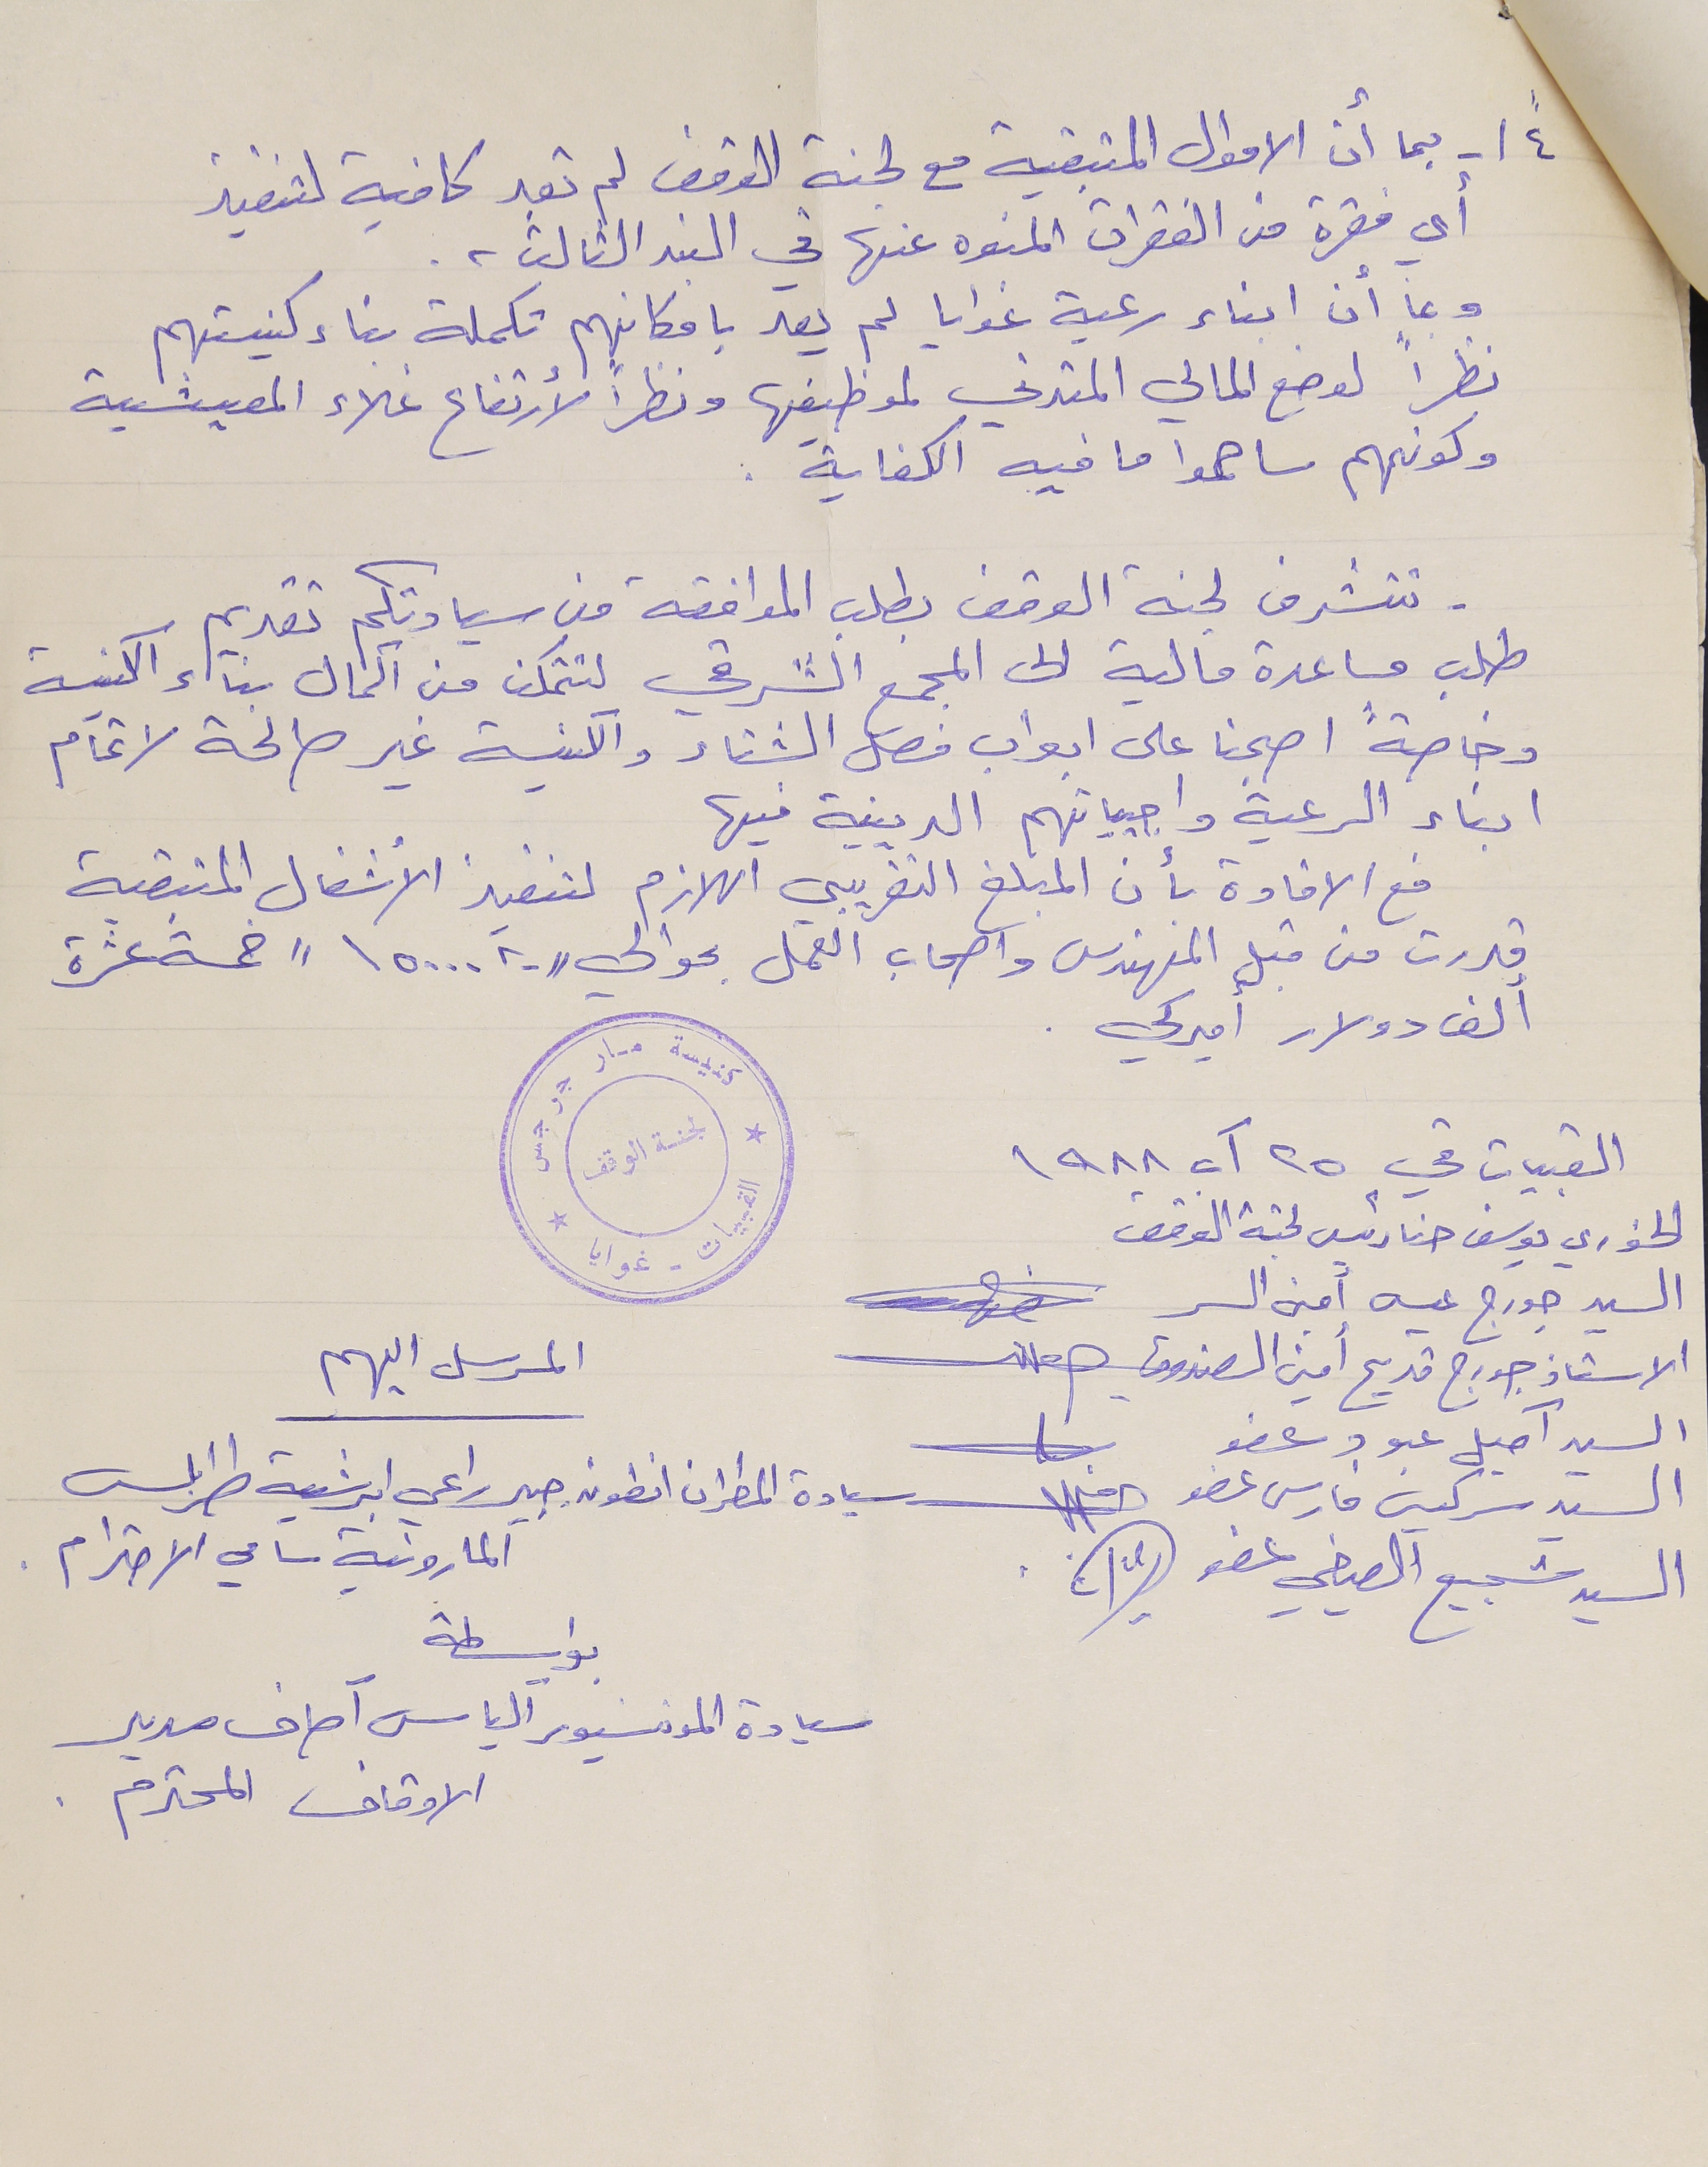
أي فقرة من الفقرات المنوه عنها في البند الثالث .
وبما أن ابناء رعية غوايا لم يعد بامكانهم تكملة بناء كنيستهم
نظراً لوضع المالي المتدني لموظيفها ونظراً لأرتفاع غلاء المعيشية
- تتشرف لجنة الوقف بطلب الموافقة من سيادتكم تقديم
طلب مساعدة مالية الى المجمع الشرقي لتتمكن من اكمال بناء الكنيسة
وخاصةً اصبحنا على ابواب فصل الشتاء والكنيسة غير صالحة لاتمام
ابناء الرعية واجبياتهم الدينية فيها
 فع الافادة بأن المبلغ التقريبي اللازم لتنفيذ الأشغال المتبقية
قدرت من قبل المهندس واصحاب العمل بحوالي "١٥٠٠٠.٠٠" خمسة عشرة
ألف دولار اميركي .
كنيسة مار جرجس القبيات - غوايا لجنة الوقف
القبيات في ٢٥ آب ١٩٨٨
الخوري يوسف حنا رئيس لجنة الوقف
السيد جورج عيسى أمين السر
الاستاذ جورج قديح أمين الصندوق علك
السيد آميل عبود عضو
السيد شجيع الصيفي عضو
 المرسل اليهم
سيادة المطران انطون جبير راعي ابرشية طرابلس المارونية سامي الاحترام .
٤"\ -  بما أن الاموال المتبقية مع لجنة الوقف لم تعد كافية لتنفيذ
وكونهم ساهموا ما فيه الكفاية :
السيد سركيس فارس عضو
بواسطة سيادة المونسنيور آلياس آصاف مدير
الاوقاف المحترم .